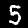
Label: 5